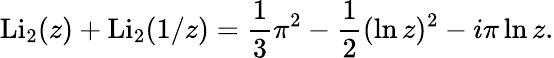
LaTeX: \operatorname{Li}_{2}(z)+\operatorname{Li}_{2}(1/z)={\frac{1}{3}}\pi^{2}-{\frac{1}{2}}(\ln z)^{2}-i\pi\ln z.